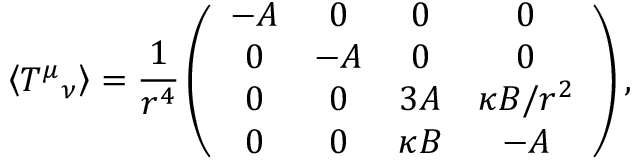
\left< T ^ { \mu } { } _ { \nu } \right> = \frac { 1 } { r ^ { 4 } } \left( \begin{array} { c c c c } { { - A } } & { { 0 } } & { { 0 } } & { { 0 } } \\ { { 0 } } & { { - A } } & { { 0 } } & { { 0 } } \\ { { 0 } } & { { 0 } } & { { 3 A } } & { { \kappa B / r ^ { 2 } } } \\ { { 0 } } & { { 0 } } & { { \kappa B } } & { { - A } } \end{array} \right) ,